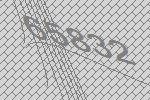
65832